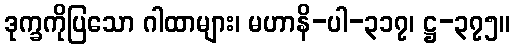
ဒုက္ခကိုပြသော ဂါထာများ၊ မဟာနိ-ပါ-၃၁၇၊ ဋ္ဌ-၃၇၅။